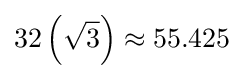
32\left({\sqrt {3}}\right)\approx 55.425